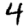
Digit: 4